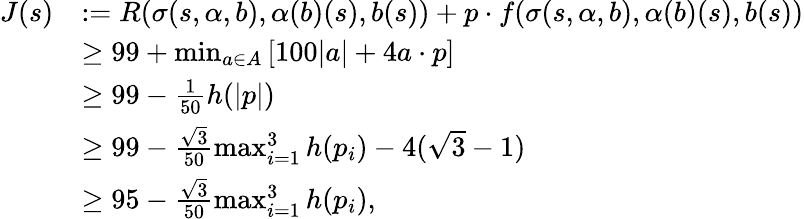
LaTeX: \begin{array}{rl}{J(s)}&{:=R(\sigma(s,\alpha,b),\alpha(b)(s),b(s))+p\cdot f(\sigma(s,\alpha,b),\alpha(b)(s),b(s))}\\ &{\geq 99+\operatorname*{min}_{a\in A}\left[100|a|+4a\cdot p\right]}\\ &{\geq 99-\frac{1}{50}h(|p|)}\\ &{\geq 99-\frac{\sqrt{3}}{50}\operatorname*{max}_{i=1}^{3}h(p_{i})-4(\sqrt{3}-1)}\\ &{\geq 95-\frac{\sqrt{3}}{50}\operatorname*{max}_{i=1}^{3}h(p_{i}),}\end{array}